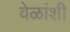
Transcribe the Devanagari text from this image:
वेळांशी